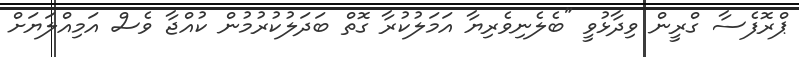
ޕްރޮފެސާ ގްރީން ވިދާޅުވީ "ބެލެނިވެރިޔާ އަމަލުކުރާ ގޮތް ބަދަލުކުރުމުން ކުއްޖާ ވެސް އަމިއްލަޔަށް